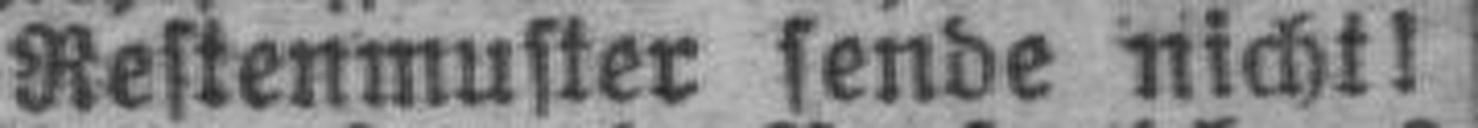
Restenmuster sende nicht!